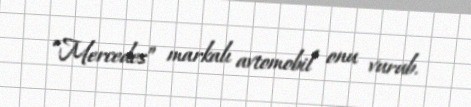
“Mercedes” markalı avtomobil onu vurub.